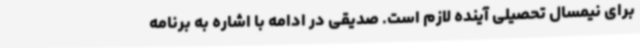
برای نیمسال تحصیلی آینده لازم است. صدیقی در ادامه با اشاره به برنامه